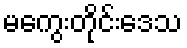
မကွေးတိုင်းဒေသ